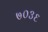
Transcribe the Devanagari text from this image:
७०३६